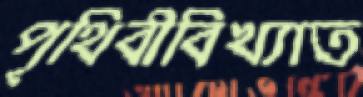
পৃথিবীবিখ্যাত